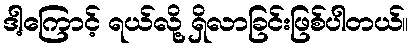
ဒါ့ကြောင့် ရယ်လို့ ရှိလာခြင်းဖြစ်ပါတယ်။